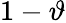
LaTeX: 1-\vartheta